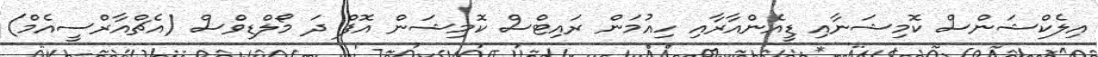
އިލެކްޝަންސް ކޮމިޝަނާއި ޑީއެންއާރާއި ހިއުމަން ރައިޓްސް ކޮމިޝަން އޮފް ދަ މޯލްޑިވްސް (އެޗްއާރްސީއެމް)